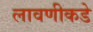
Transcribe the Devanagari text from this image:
लावणीकडे